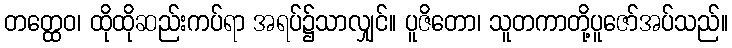
တတ္ထေဝ၊ ထိုထိုဆည်းကပ်ရာ အရပ်၌သာလျှင်။ ပူဇိတော၊ သူတကာတို့ပူဇော်အပ်သည်။